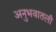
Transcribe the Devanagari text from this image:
अनुभवातली